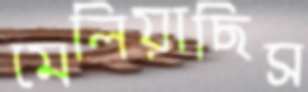
মেলিয়াছিস